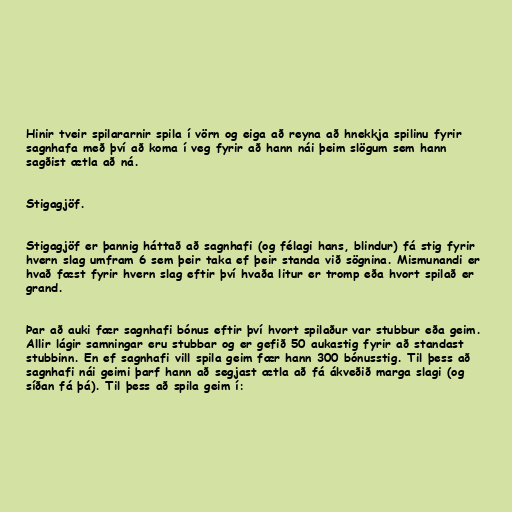
Hinir tveir spilararnir spila í vörn og eiga að reyna að hnekkja spilinu fyrir
sagnhafa með því að koma í veg fyrir að hann nái þeim slögum sem hann
sagðist ætla að ná.

Stigagjöf.

Stigagjöf er þannig háttað að sagnhafi (og félagi hans, blindur) fá stig fyrir
hvern slag umfram 6 sem þeir taka ef þeir standa við sögnina. Mismunandi er
hvað fæst fyrir hvern slag eftir því hvaða litur er tromp eða hvort spilað er
grand.

Þar að auki fær sagnhafi bónus eftir því hvort spilaður var stubbur eða geim.
Allir lágir samningar eru stubbar og er gefið 50 aukastig fyrir að standast
stubbinn. En ef sagnhafi vill spila geim fær hann 300 bónusstig. Til þess að
sagnhafi nái geimi þarf hann að segjast ætla að fá ákveðið marga slagi (og
síðan fá þá). Til þess að spila geim í: